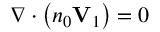
\nabla \cdot \left( n _ { 0 } \mathbf { V } _ { 1 } \right) = 0